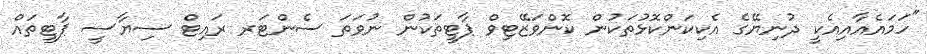
"ހަމައެއާއިއެކީ ދުނިޔޭގެ އެކިކަންކޮޅުތަކުން ކޮންވަޒޭޓިވް ޕާޓީތަކުން ނުވަތަ ސެންޓަރ ރައިޓް ސިޔާސީ ޕާޓީތައް